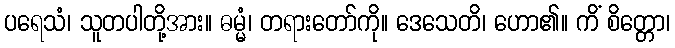
ပရေသံ၊ သူတပါတို့အား။ ဓမ္မံ၊ တရားတော်ကို။ ဒေသေတိ၊ ဟော၏။ ကိံ စိတ္တော၊